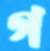
গ